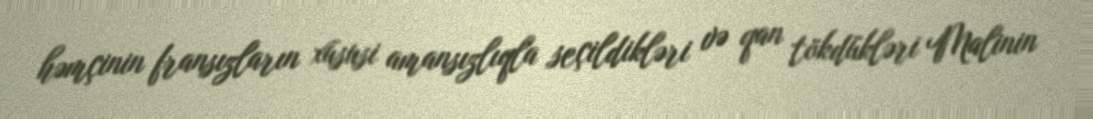
həmçinin fransızların xüsusi amansızlıqla seçildikləri və qan tökdükləri Malinin